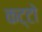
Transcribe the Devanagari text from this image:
कट्टो